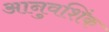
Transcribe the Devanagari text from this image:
आनुवशिंक